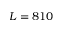
L = 8 1 0